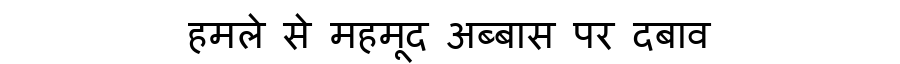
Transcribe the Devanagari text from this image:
हमले से महमूद अब्बास पर दबाव